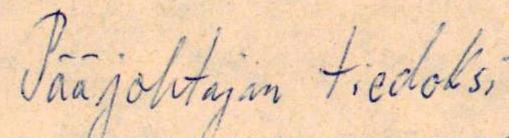
Pääjohtajan tiedoksi